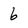
Character: 6